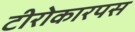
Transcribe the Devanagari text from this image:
टीरोकारपस